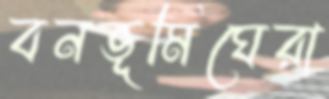
বনভূমিঘেরা